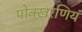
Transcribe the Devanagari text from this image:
पोक्खरणियं